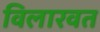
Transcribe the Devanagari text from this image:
विलारवत